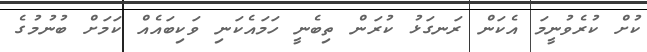
ކުށް ކުރެވުނީމަ އެކަން ރަނގަޅު ކުރަން ތިބެނީ ހަމައެކަނި ވަކިބައެއް ކަމަށް ބުނުމުގެ